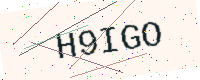
Text: H9IGO